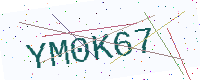
Text: YM0K67